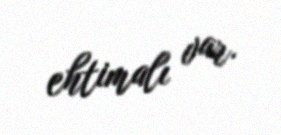
ehtimalı var.